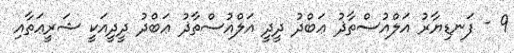
9 - ފަނޑިޔާރު އަލްއުސްތާޛު ޢަބްދު ދީދީ އަލްއުސްތާޛު ޢަބްދު ދީދީއަކީ ޝަރީޢަތާއި